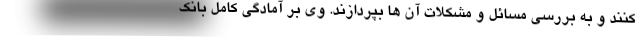
کنند و به بررسی مسائل و مشکلات آن ها بپردازند. وی بر آمادگی کامل بانک